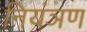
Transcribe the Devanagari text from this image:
नियंञण